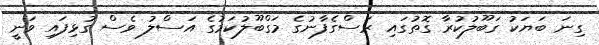
ގިނަ ބަޔަކު ގަބޫލުކުރާ ގޮތުގައި ރަސްގެފާނުގެ މަގްބޫލުކަމުގެ އަސްލު ވެސް ގުޅިފައި ވަނީ